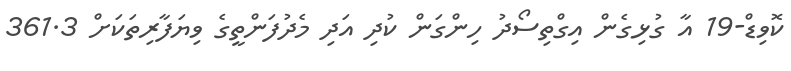
ކޮވިޑް-19 އާ ގުޅިގެން އިގްތިސޯދު ހިންގަން ކުދި އަދި މެދުފަންތީގެ ވިޔަފާރިތަކަށް 361.3